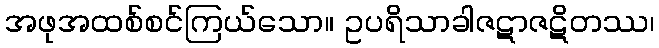
အဖုအထစ်စင်ကြယ်သော။ ဥပရိသာခါဇဋာဇဋိတဿ၊